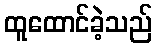
ထူထောင်ခဲ့သည်